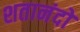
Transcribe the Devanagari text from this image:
शतानंदो